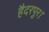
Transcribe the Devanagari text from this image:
हैदरपुर।